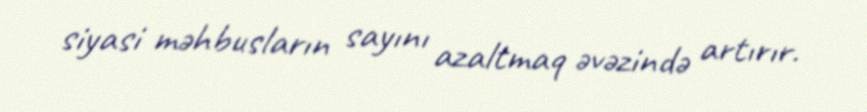
siyasi məhbusların sayını azaltmaq əvəzində artırır.